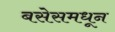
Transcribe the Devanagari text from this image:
बसेसमधून